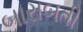
બારાબતી